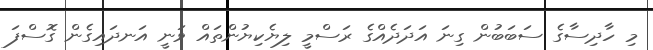
މި ހާދިސާގެ ސަބަބުން ގިނަ އަދަދެއްގެ ރަސްމީ ލިޔެކިޔުންތައް ވަނީ އަނދައިގެން ގޮސްފަ